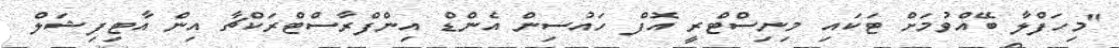
"މިހަފްލާ ބޭއްވުމަށް ޓަކައި މިނިސްޓްރީ އޮފް ހައުސިން އެންޑް އިންފްރާސްޓްރަކްޗާ އިން އާޓިފިޝަލް